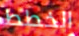
الخطط